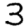
Digit: 3